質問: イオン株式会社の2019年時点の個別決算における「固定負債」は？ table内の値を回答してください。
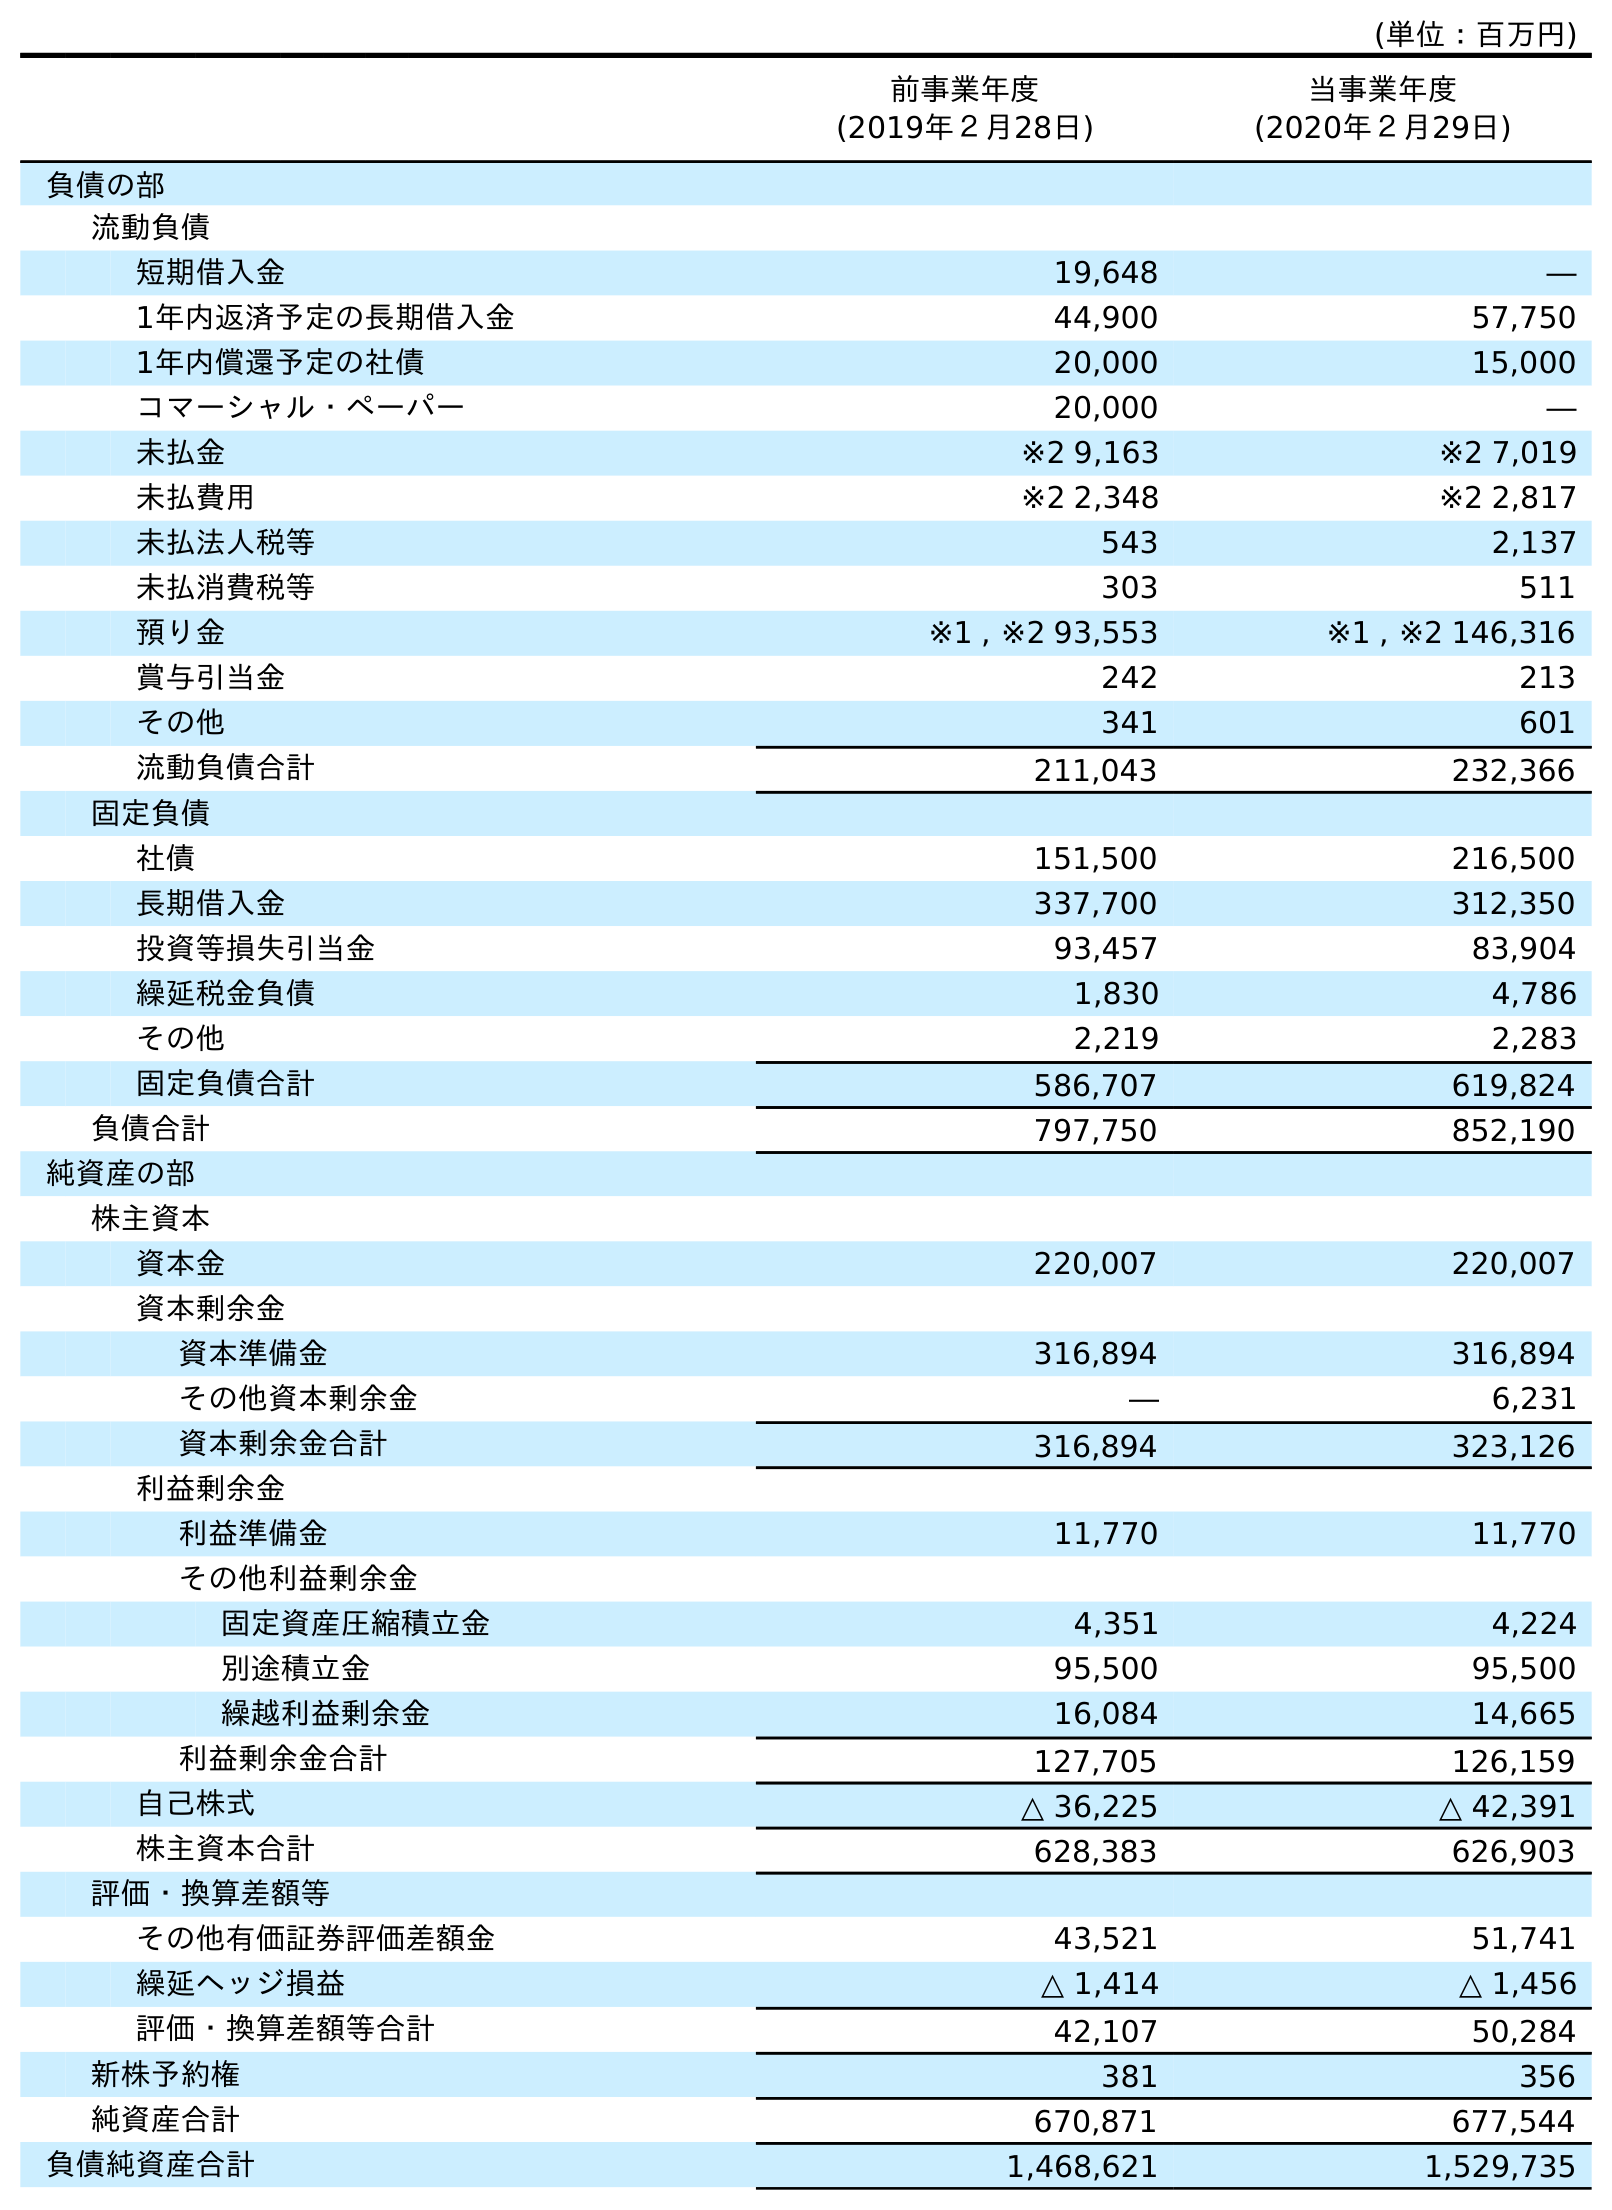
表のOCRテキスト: (単位：百万円) 前事業年度 (2019年２月28日) 当事業年度 (2020年２月29日) 負債の部 流動負債 短期借入金 19,648 ― 1年内返済予定の長期借入金 44,900 57,750 1年内償還予定の社債 20,000 15,000 コマーシャル・ペーパー 20,000 ― 未払金 ※2 9,163 ※2 7,019 未払費用 ※2 2,348 ※2 2,817 未払法人税等 543 2,137 未払消費税等 303 511 預り金 ※1 , ※2 93,553 ※1 , ※2 146,316 賞与引当金 242 213 その他 341 601 流動負債合計 211,043 232,366 固定負債 社債 151,500 216,500 長期借入金 337,700 312,350 投資等損失引当金 93,457 83,904 繰延税金負債 1,830 4,786 その他 2,219 2,283 固定負債合計 586,707 619,824 負債合計 797,750 852,190 純資産の部 株主資本 資本金 220,007 220,007 資本剰余金 資本準備金 316,894 316,894 その他資本剰余金 ― 6,231 資本剰余金合計 316,894 323,126 利益剰余金 利益準備金 11,770 11,770 その他利益剰余金 固定資産圧縮積立金 4,351 4,224 別途積立金 95,500 95,500 繰越利益剰余金 16,084 14,665 利益剰余金合計 127,705 126,159 自己株式 △ 36,225 △ 42,391 株主資本合計 628,383 626,903 評価・換算差額等 その他有価証券評価差額金 43,521 51,741 繰延ヘッジ損益 △ 1,414 △ 1,456 評価・換算差額等合計 42,107 50,284 新株予約権 381 356 純資産合計 670,871 677,544 負債純資産合計 1,468,621 1,529,735
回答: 586,707